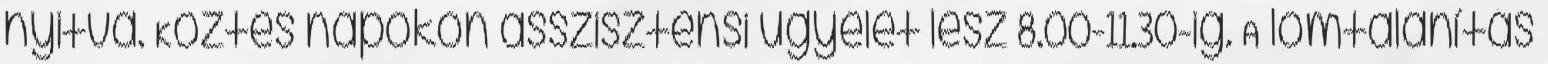
nyitva. Köztes napokon asszisztensi ügyelet lesz 8.00-11.30-ig. A lomtalanítás